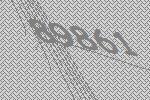
89861